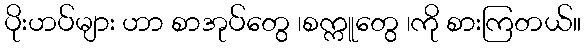
ပိုးဟပ်များ ဟာ စာအုပ်တွေ ၊စက္ကူတွေ ၊ကို စားကြတယ်။